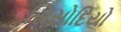
સિસોદિયો